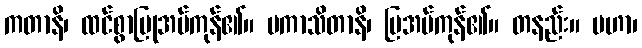
ကတာနိ၊ ထင်စွာပြုအပ်ကုန်၏။ ပကာသိတာနိ၊ ပြအပ်ကုန်၏။ တနည်း။ မဟာ၊